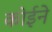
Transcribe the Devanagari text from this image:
कोईने